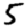
Digit: 5